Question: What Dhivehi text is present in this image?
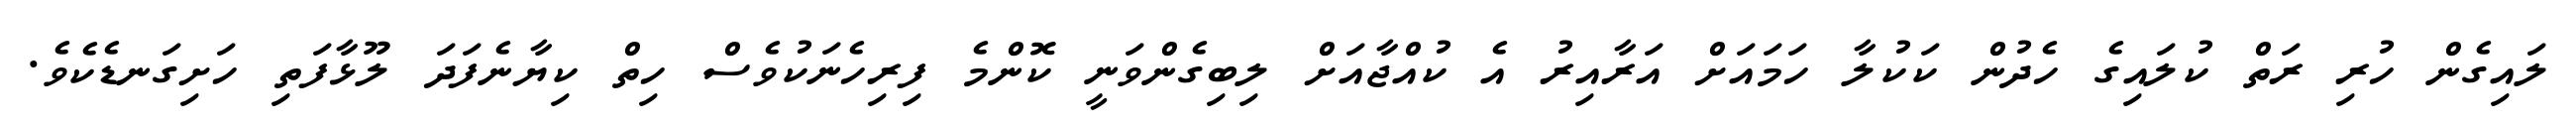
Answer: ލައިގެން ހުރި ރަތް ކުލައިގެ ހެދުން ކަކުލާ ހަމައަށް އަރާއިރު އެ ކުއްޖާއަށް ލިބިގެންވަނީ ކޮންމެ ފިރިހެނަކުވެސް ހިތް ކިޔާނެފަދަ ލޫޅާފަތި ހަށިގަނޑެކެވެ.